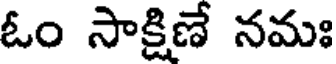
ఓం సాక్షిణే నమః